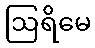
ဩရိမေ